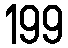
199